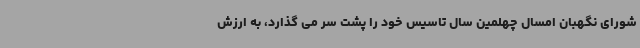
شورای نگهبان امسال چهلمین سال تاسیس خود را پشت سر می گذارد، به ارزش